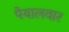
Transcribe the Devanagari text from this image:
पेयालवार